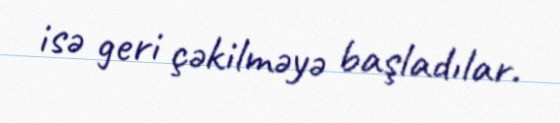
isə geri çəkilməyə başladılar.